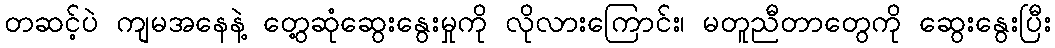
တဆင့်ပဲ ကျမအနေနဲ့ တွေ့ဆုံဆွေးနွေးမှုကို လိုလားကြောင်း၊ မတူညီတာတွေကို ဆွေးနွေးပြီး